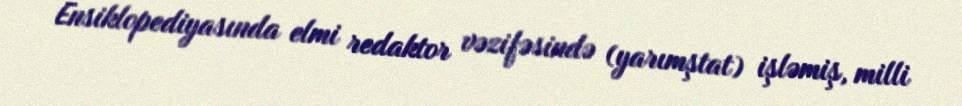
Ensiklopediyasında elmi redaktor vəzifəsində (yarımştat) işləmiş, milli